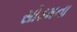
સોડમના